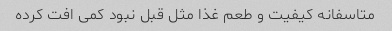
متاسفانه کیفیت و طعم غذا مثل قبل نبود کمی افت کرده